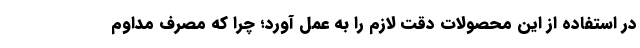
در استفاده از این محصولات دقت لازم را به عمل آورد؛ چرا که مصرف مداوم